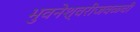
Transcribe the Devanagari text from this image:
भुवनेश्वरीजवळची